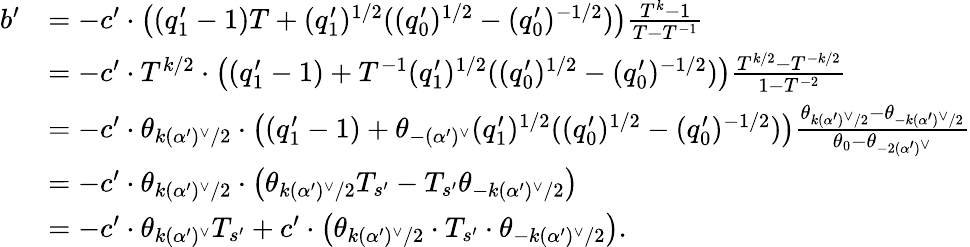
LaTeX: \begin{array}{rl}{b^{\prime}}&{=-c^{\prime}\cdot\left((q_{1}^{\prime}-1)T+(q_{1}^{\prime})^{1/2}((q_{0}^{\prime})^{1/2}-(q_{0}^{\prime})^{-1/2})\right)\frac{T^{k}-1}{T-T^{-1}}}\\ &{=-c^{\prime}\cdot T^{k/2}\cdot\left((q_{1}^{\prime}-1)+T^{-1}(q_{1}^{\prime})^{1/2}((q_{0}^{\prime})^{1/2}-(q_{0}^{\prime})^{-1/2})\right)\frac{T^{k/2}-T^{-k/2}}{1-T^{-2}}}\\ &{=-c^{\prime}\cdot\theta_{k(\alpha^{\prime})^{\vee}/2}\cdot\left((q_{1}^{\prime}-1)+\theta_{-(\alpha^{\prime})^{\vee}}(q_{1}^{\prime})^{1/2}((q_{0}^{\prime})^{1/2}-(q_{0}^{\prime})^{-1/2})\right)\frac{\theta_{k(\alpha^{\prime})^{\vee}/2}-\theta_{-k(\alpha^{\prime})^{\vee}/2}}{\theta_{0}-\theta_{-2(\alpha^{\prime})^{\vee}}}}\\ &{=-c^{\prime}\cdot\theta_{k(\alpha^{\prime})^{\vee}/2}\cdot\left(\theta_{k(\alpha^{\prime})^{\vee}/2}T_{s^{\prime}}-T_{s^{\prime}}\theta_{-k(\alpha^{\prime})^{\vee}/2}\right)}\\ &{=-c^{\prime}\cdot\theta_{k(\alpha^{\prime})^{\vee}}T_{s^{\prime}}+c^{\prime}\cdot\left(\theta_{k(\alpha^{\prime})^{\vee}/2}\cdot T_{s^{\prime}}\cdot\theta_{-k(\alpha^{\prime})^{\vee}/2}\right).}\end{array}